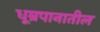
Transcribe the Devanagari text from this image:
धूम्रपानातील